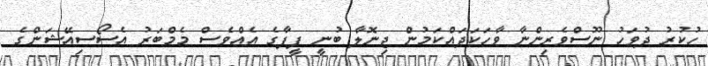
ހުކުރު ދުވަހު ނޫސްވެރިންނާ ވާހަކަދައްކަމުން ޖިނޮލާ ބުނީ ފީފާގެ އެއްވެސް މެމްބަރު އެސޯސިއޭޝަންގެ